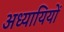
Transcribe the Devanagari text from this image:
अध्यायियों